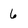
Character: 6